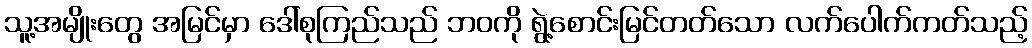
သူ့အမျိုးတွေ အမြင်မှာ ဒေါ်စုကြည်သည် ဘဝကို ရွဲ့စောင်းမြင်တတ်သော လက်ပေါက်ကတ်သည့်